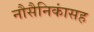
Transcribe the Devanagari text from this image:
नौसैनिकांसह